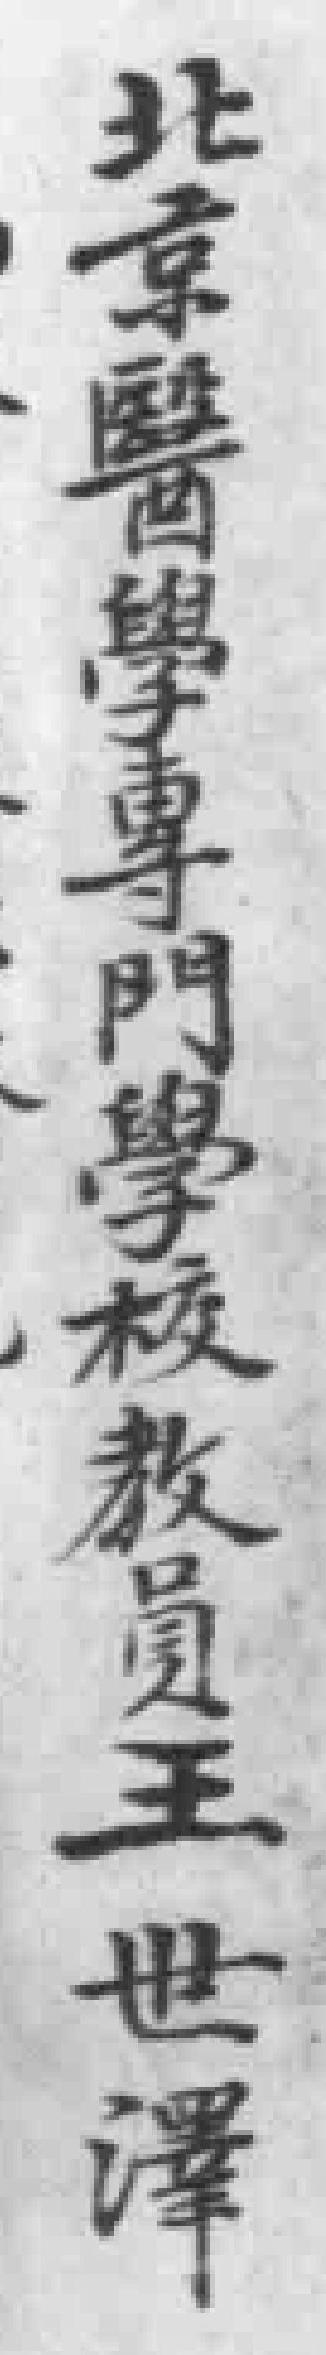
北京醫學專門學校教員王世澤